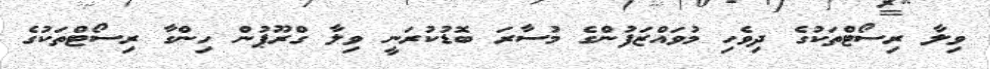
ވިލާ ރިސޯޓްތަކުގެ ދިވެހި މުވައްޒަފުންގެ މުސާރަ ބޮޑުކުރަނީ ވިލާ ގްރޫޕުން ހިންގާ ރިސޯޓްތަކުގެ